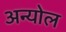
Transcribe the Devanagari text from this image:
अन्योल